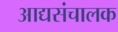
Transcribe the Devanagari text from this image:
आद्यसंचालक